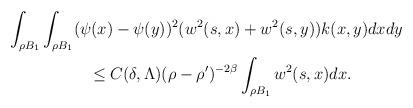
LaTeX: \begin{align*}& \int_{\rho B_{1}}\int_{\rho B_{1}}(\psi(x)-\psi(y))^{2}(w^{2}(s,x) + w^{2}(s,y))k(x,y)dxdy \\& \quad\quad\quad\quad\quad\leq C(\delta,\Lambda)(\rho-\rho')^{-2\beta}\int_{\rho B_{1}}w^{2}(s,x)dx.\end{align*}